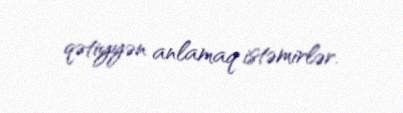
qətiyyən anlamaq istəmirlər.